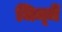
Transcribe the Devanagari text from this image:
जिम्‍में